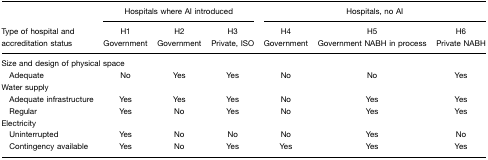
<table><thead><tr><td></td><td colspan="3"><b>Hospitals where AI introduced</b></td><td colspan="3"><b>Hospitals, no AI</b></td></tr><tr><td><b>Type of hospital and accreditation status</b></td><td><b>H1Government</b></td><td><b>H2Government</b></td><td><b>H3Private, ISO</b></td><td><b>H4Government</b></td><td><b>H5Government NABH in process</b></td><td><b>H6Private NABH</b></td></tr></thead><tbody><tr><td colspan="7">Size and design of physical space</td></tr><tr><td> Adequate</td><td>No</td><td>Yes</td><td>Yes</td><td>No</td><td>No</td><td>Yes</td></tr><tr><td>Water supply</td><td></td><td></td><td></td><td></td><td></td><td></td></tr><tr><td> Adequate infrastructure</td><td>Yes</td><td>Yes</td><td>Yes</td><td>No</td><td>Yes</td><td>Yes</td></tr><tr><td> Regular</td><td>Yes</td><td>No</td><td>Yes</td><td>No</td><td>Yes</td><td>Yes</td></tr><tr><td>Electricity</td><td></td><td></td><td></td><td></td><td></td><td></td></tr><tr><td> Uninterrupted</td><td>Yes</td><td>No</td><td>No</td><td>No</td><td>Yes</td><td>No</td></tr><tr><td> Contingency available</td><td>Yes</td><td>No</td><td>Yes</td><td>Yes</td><td>Yes</td><td>Yes</td></tr></tbody></table>